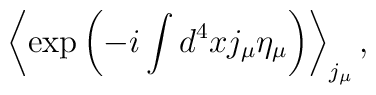
\left<\exp\left(-i\int d^4xj_\mu\eta_\mu\right)\right>_{j_\mu},